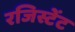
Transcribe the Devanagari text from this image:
रजिस्टेंट